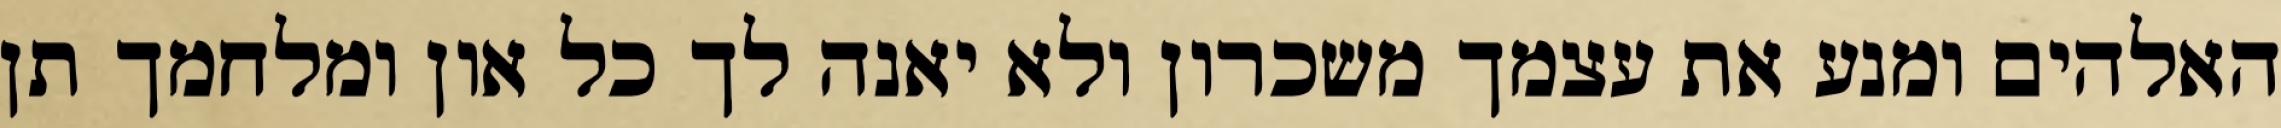
האלהים ומנע את עצמך משכרון ולא יאנה לך כל און ומלחמך תן